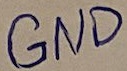
Text: GND